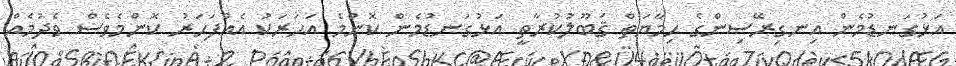
އަޅުގަނޑުމެން އިނގިރޭސިންގެ ޙިމާޔަތް ޤަބޫލުކުރާތީ އަޅުގަނޑުމެން ކޮންމެ އަހަރަކު އެއްފަހަރު ކޮންމެވެސް ވެދުމެއް